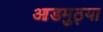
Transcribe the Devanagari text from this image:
आडमुठ्या